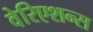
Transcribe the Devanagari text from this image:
वेरिएशन्स